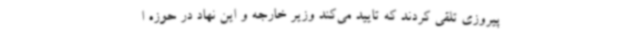
پیروزی تلقی کردند که تایید می‌کند وزیر خارجه و این نهاد در حوزه ا